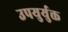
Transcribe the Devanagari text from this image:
उपयुर्युक्त